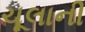
ચૂલાની